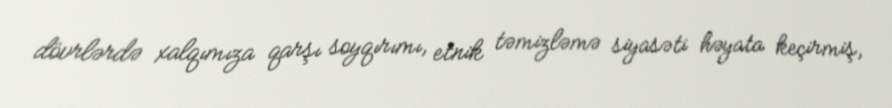
dövrlərdə xalqımıza qarşı soyqırımı, etnik təmizləmə siyasəti həyata keçirmiş,